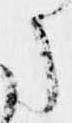
う